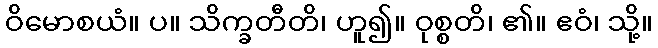
ဝိမောစယံ။ ပ။ သိက္ခတီတိ၊ ဟူ၍။ ဝုစ္စတိ၊ ၏။ ဧဝံ၊ သို့။